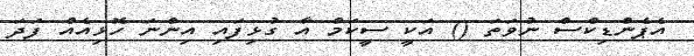
އެޕެންޑިކްސް ނުވަތަ () އަކީ ސީކަމް އާ ގުޅިފައި އިންނަ ހޮޅިއެއް ފަދަ